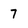
Character: 7